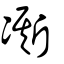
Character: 凘